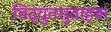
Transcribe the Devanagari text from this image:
विद्युतसुवाहक